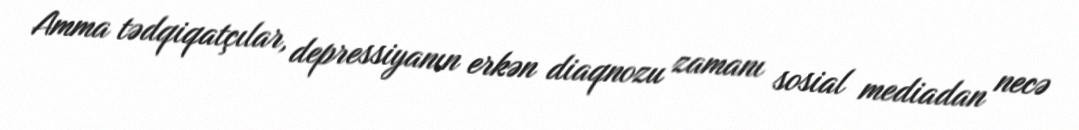
Amma tədqiqatçılar, depressiyanın erkən diaqnozu zamanı sosial mediadan necə